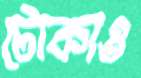
টোকাও